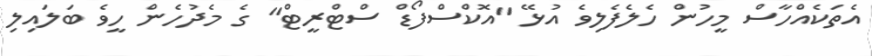
އެތަކެއްހާސް މީހުން ހެލެފެލިވެ އުޅޭ "އޮކްސްފޯޑް ސްޓްރީޓް" ގެ މެދުހެން ހީވެ ބަލައިލި